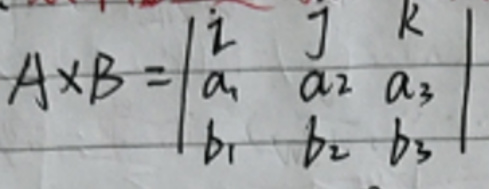
$A\times B=\begin{vmatrix}
\vec{i} & \vec{j} & \vec{k} \\
a_1 & a_2 & a_3 \\
b_1 & b_2 & b_3
\end{vmatrix}$